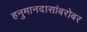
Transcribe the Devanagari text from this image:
हनुमानदासांबरोबर